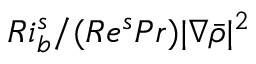
R i _ { b } ^ { s } / ( R e ^ { s } P r ) | \boldsymbol { \nabla } \bar { \rho } | ^ { 2 }